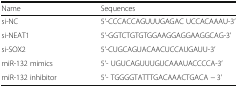
<table><thead><tr><td><b>Name</b></td><td><b>Sequences</b></td></tr></thead><tbody><tr><td>si-NC</td><td>5’-CCCACCAGUUUGAGAC UCCACAAAU-3’</td></tr><tr><td>si-NEAT1</td><td>5’-GGTCTGTGTGGAAGGAGGAAGGCAG-3’</td></tr><tr><td>si-SOX2</td><td>5’-CUGCAGUACAACUCCAUGAUU-3’</td></tr><tr><td>miR-132 mimics</td><td>5’- UGUCAGUUUGUCAAAUACCCCA-3’</td></tr><tr><td>miR-132 inhibitor</td><td>5’- TGGGGTATTTGACAAACTGACA − 3’</td></tr></tbody></table>